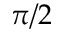
\pi / 2